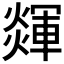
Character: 𤐕